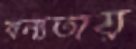
বন্যতায়